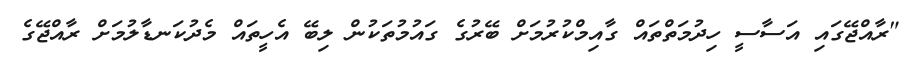
"ރާއްޖޭގައި އަސާސީ ހިދުމަތްތައް ގާއިމްކުރުމަށް ބޭރުގެ ގައުމުތަކުން ލިބޭ އެހީތައް މެދުކަނޑާލުމަށް ރާއްޖޭގެ